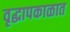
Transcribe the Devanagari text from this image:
वृद्धापकाळात